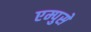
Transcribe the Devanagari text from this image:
एम्पुसे